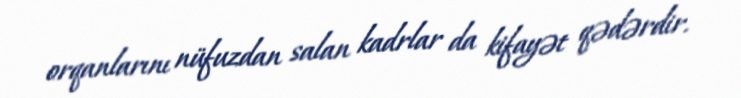
orqanlarını nüfuzdan salan kadrlar da kifayət qədərdir.